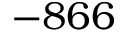
- 8 6 6